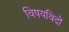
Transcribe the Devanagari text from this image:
विषयविदों